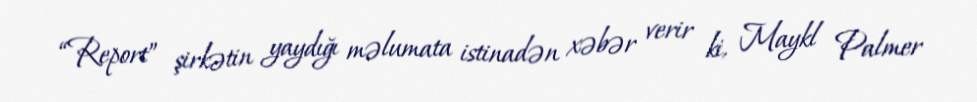
“Report” şirkətin yaydığı məlumata istinadən xəbər verir ki, Maykl Palmer